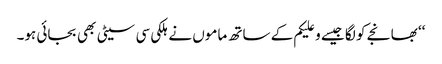
‘‘ بھانجے کو لگا جیسے وعلیکم کے ساتھ ماموں نے ہلکی سی سیٹی بھی بجائی ہو۔